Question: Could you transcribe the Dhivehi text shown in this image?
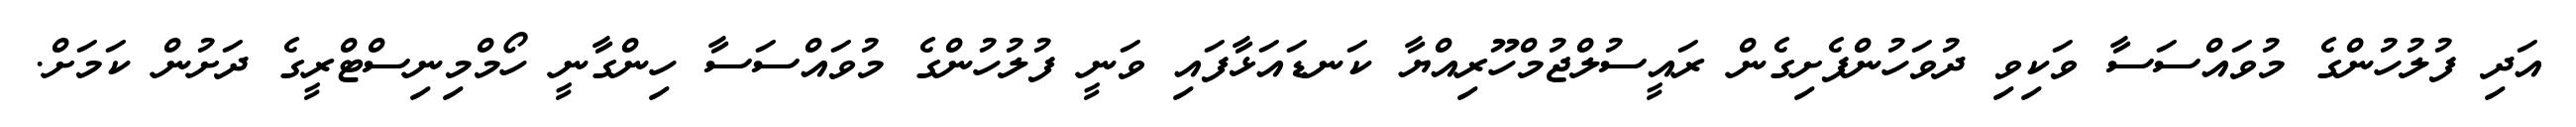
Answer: އަދި ފުލުހުންގެ މުވައްސަސާ ވަކިވި ދުވަހުންފެށިގެން ރައީސުލްޖުމްހޫރިއްޔާ ކަނޑައަޅާފައި ވަނީ ފުލުހުންގެ މުވައްސަސާ ހިންގާނީ ހޯމްމިނިސްޓްރީގެ ދަށުން ކަމަށް.